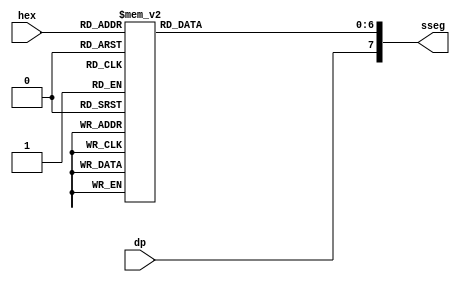
// Declarao do mdulo
module hex_to_sseg (
	input wire [3:0] hex,
	input wire dp,
	output reg [7:0] sseg
);

// Construo do design

always@*
begin
	case(hex)
		4'h0 : sseg[6:0] = 7'b0000001;
		4'h1 : sseg[6:0] = 7'b1001111;
		4'h2 : sseg[6:0] = 7'b0010010;
		4'h3 : sseg[6:0] = 7'b0000110;
		4'h4 : sseg[6:0] = 7'b1001100;
		4'h5 : sseg[6:0] = 7'b0100100;
		4'h6 : sseg[6:0] = 7'b0100000;
		4'h7 : sseg[6:0] = 7'b0001111;
		4'h8 : sseg[6:0] = 7'b0000000;
		4'h9 : sseg[6:0] = 7'b0000100;
		4'ha : sseg[6:0] = 7'b0001000;
		4'hb : sseg[6:0] = 7'b1100000;
		4'hc : sseg[6:0] = 7'b0110001;
		4'hd : sseg[6:0] = 7'b1000010;
		4'he : sseg[6:0] = 7'b0110000;
		default: sseg[6:0] = 7'b0111000;
	endcase
	
	sseg[7] = dp;
end

endmodule 

// Etc